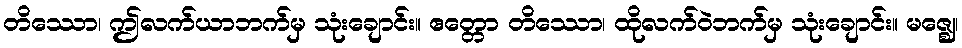
တိဿော၊ ဤလက်ယာဘက်မှ သုံးချောင်း။ ဧတ္တော တိဿော၊ ထိုလက်ဝဲဘက်မှ သုံးချောင်း။ မဇ္ဈေ၊